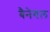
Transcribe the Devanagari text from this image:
बैनेगल